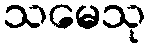
သမေသု